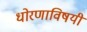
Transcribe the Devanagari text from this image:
धोरणाविषयी